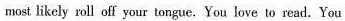
most likely roll off your tongue. You love to read. You